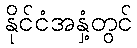
နိုင်ငံအနှံ့တွင်